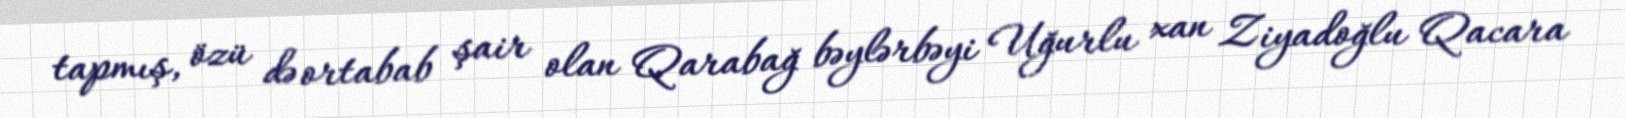
tapmış, özü də ortabab şair olan Qarabağ bəylərbəyi Uğurlu xan Ziyadoğlu Qacara